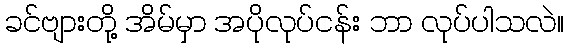
ခင်ဗျားတို့ အိမ်မှာ အပိုလုပ်ငန်း ဘာ လုပ်ပါသလဲ။